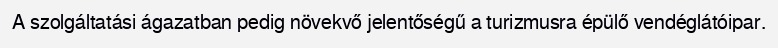
A szolgáltatási ágazatban pedig növekvő jelentőségű a turizmusra épülő vendéglátóipar.